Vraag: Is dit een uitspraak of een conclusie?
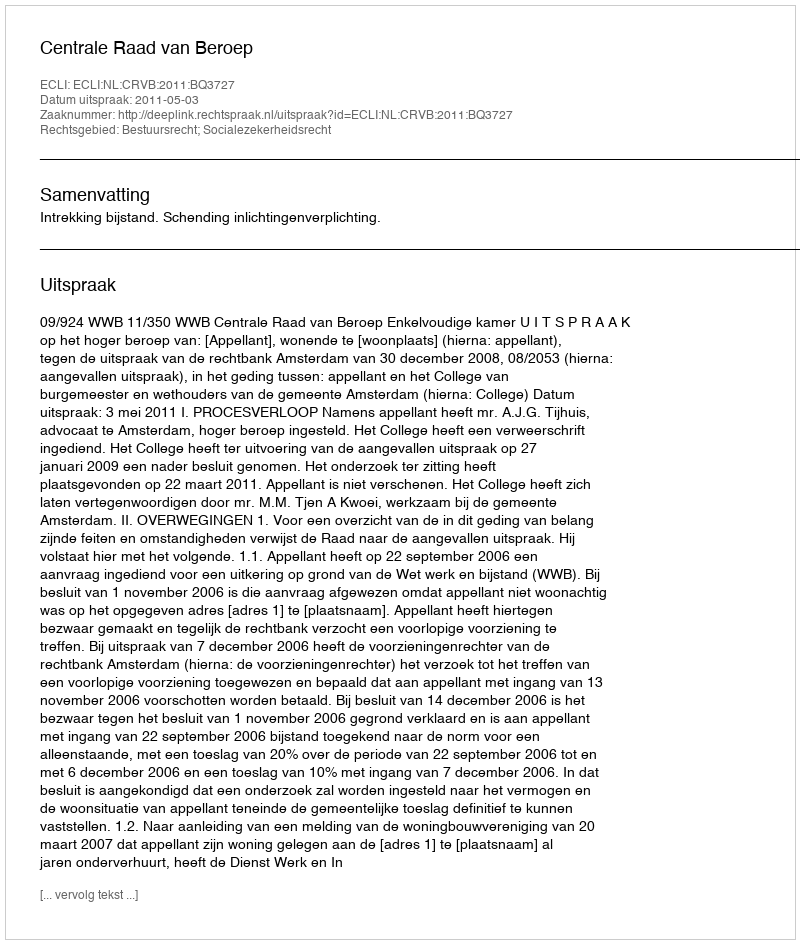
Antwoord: Uitspraak